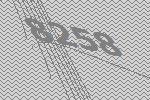
8258